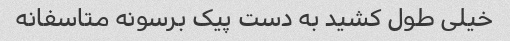
خیلی طول کشید به دست پیک برسونه متاسفانه